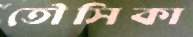
তৌসিকা